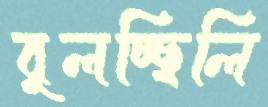
বুলচ্ছিলি